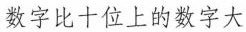
数字比十位上的数字大